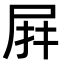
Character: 𭕙